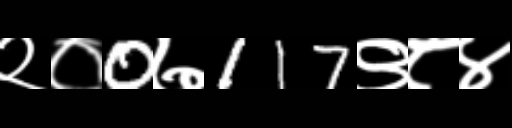
Text: २०0७117९८४